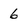
Character: 6